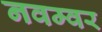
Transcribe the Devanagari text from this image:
नवम्‍वर